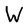
Character: W